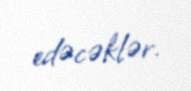
edəcəklər.